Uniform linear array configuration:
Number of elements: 16
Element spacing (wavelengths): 0.75
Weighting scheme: binomial
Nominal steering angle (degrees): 60
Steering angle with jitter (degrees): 58.319
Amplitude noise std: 0.05
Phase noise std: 0.05

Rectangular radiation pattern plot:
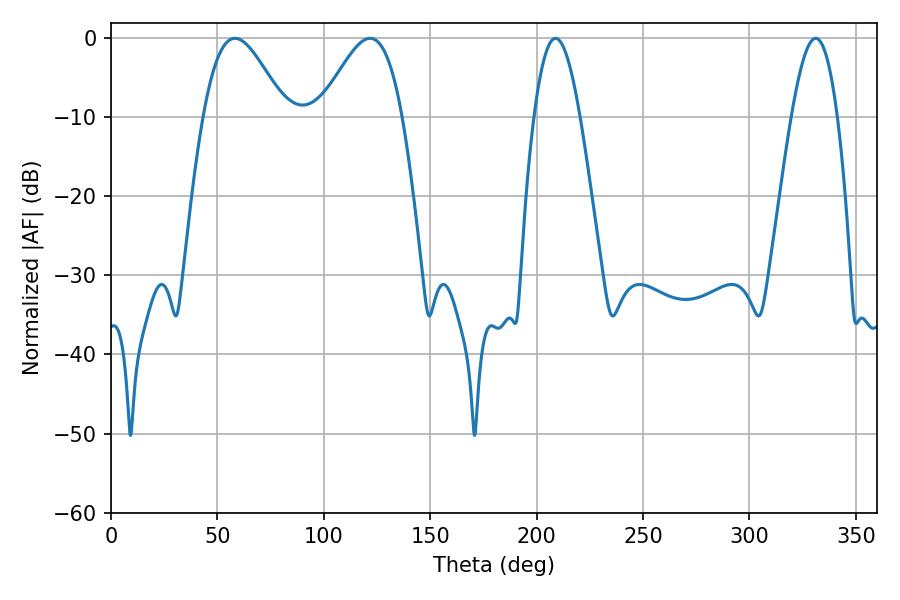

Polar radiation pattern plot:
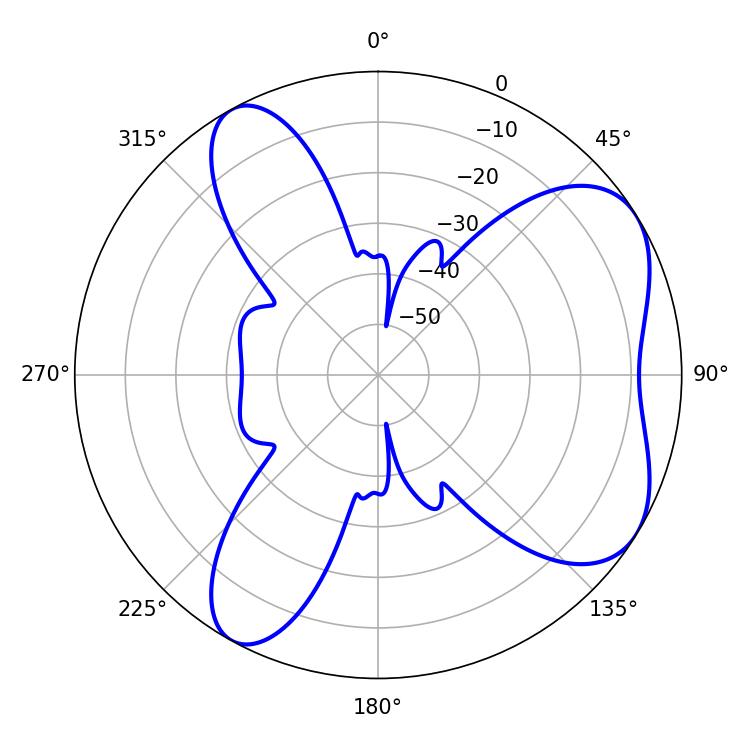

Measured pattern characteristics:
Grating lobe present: TRUE
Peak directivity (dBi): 6.05
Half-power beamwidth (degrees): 20.52
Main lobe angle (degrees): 58.32